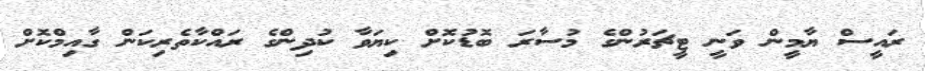
ރައީސް ޔާމީން ވަނީ ޓީޗަރުންގެ މުސާރަ ބޮޑުކޮށް ކިޔަވާ ކުދިންގެ ރައްކާތެރިކަން ގާއިމްކޮށް